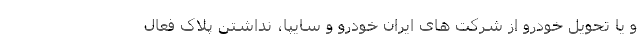
و یا تحویل خودرو از شرکت های ایران خودرو و سایپا، نداشتن پلاک فعال